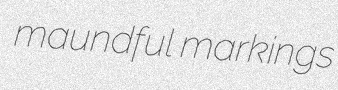
maundful markings